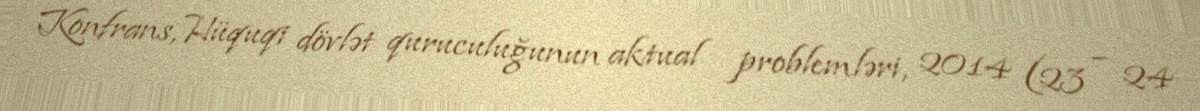
Konfrans, Hüquqi dövlət quruculuğunun aktual problemləri, 2014 (23 – 24